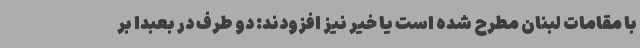
با مقامات لبنان مطرح شده است یا خیر نیز افزودند: دو طرف در بعبدا بر